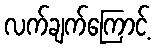
လက်ချက်ကြောင့်